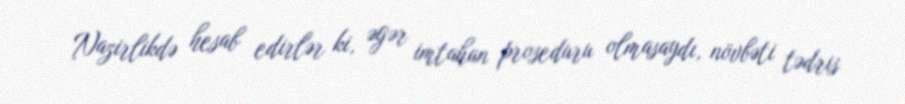
Nazirlikdə hesab edirlər ki, əgər imtahan proseduru olmasaydı, növbəti tədris